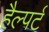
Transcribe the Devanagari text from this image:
हैल्पर्ट